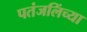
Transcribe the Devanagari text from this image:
पतंजलिंच्या